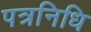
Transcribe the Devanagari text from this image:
पत्रनिधि